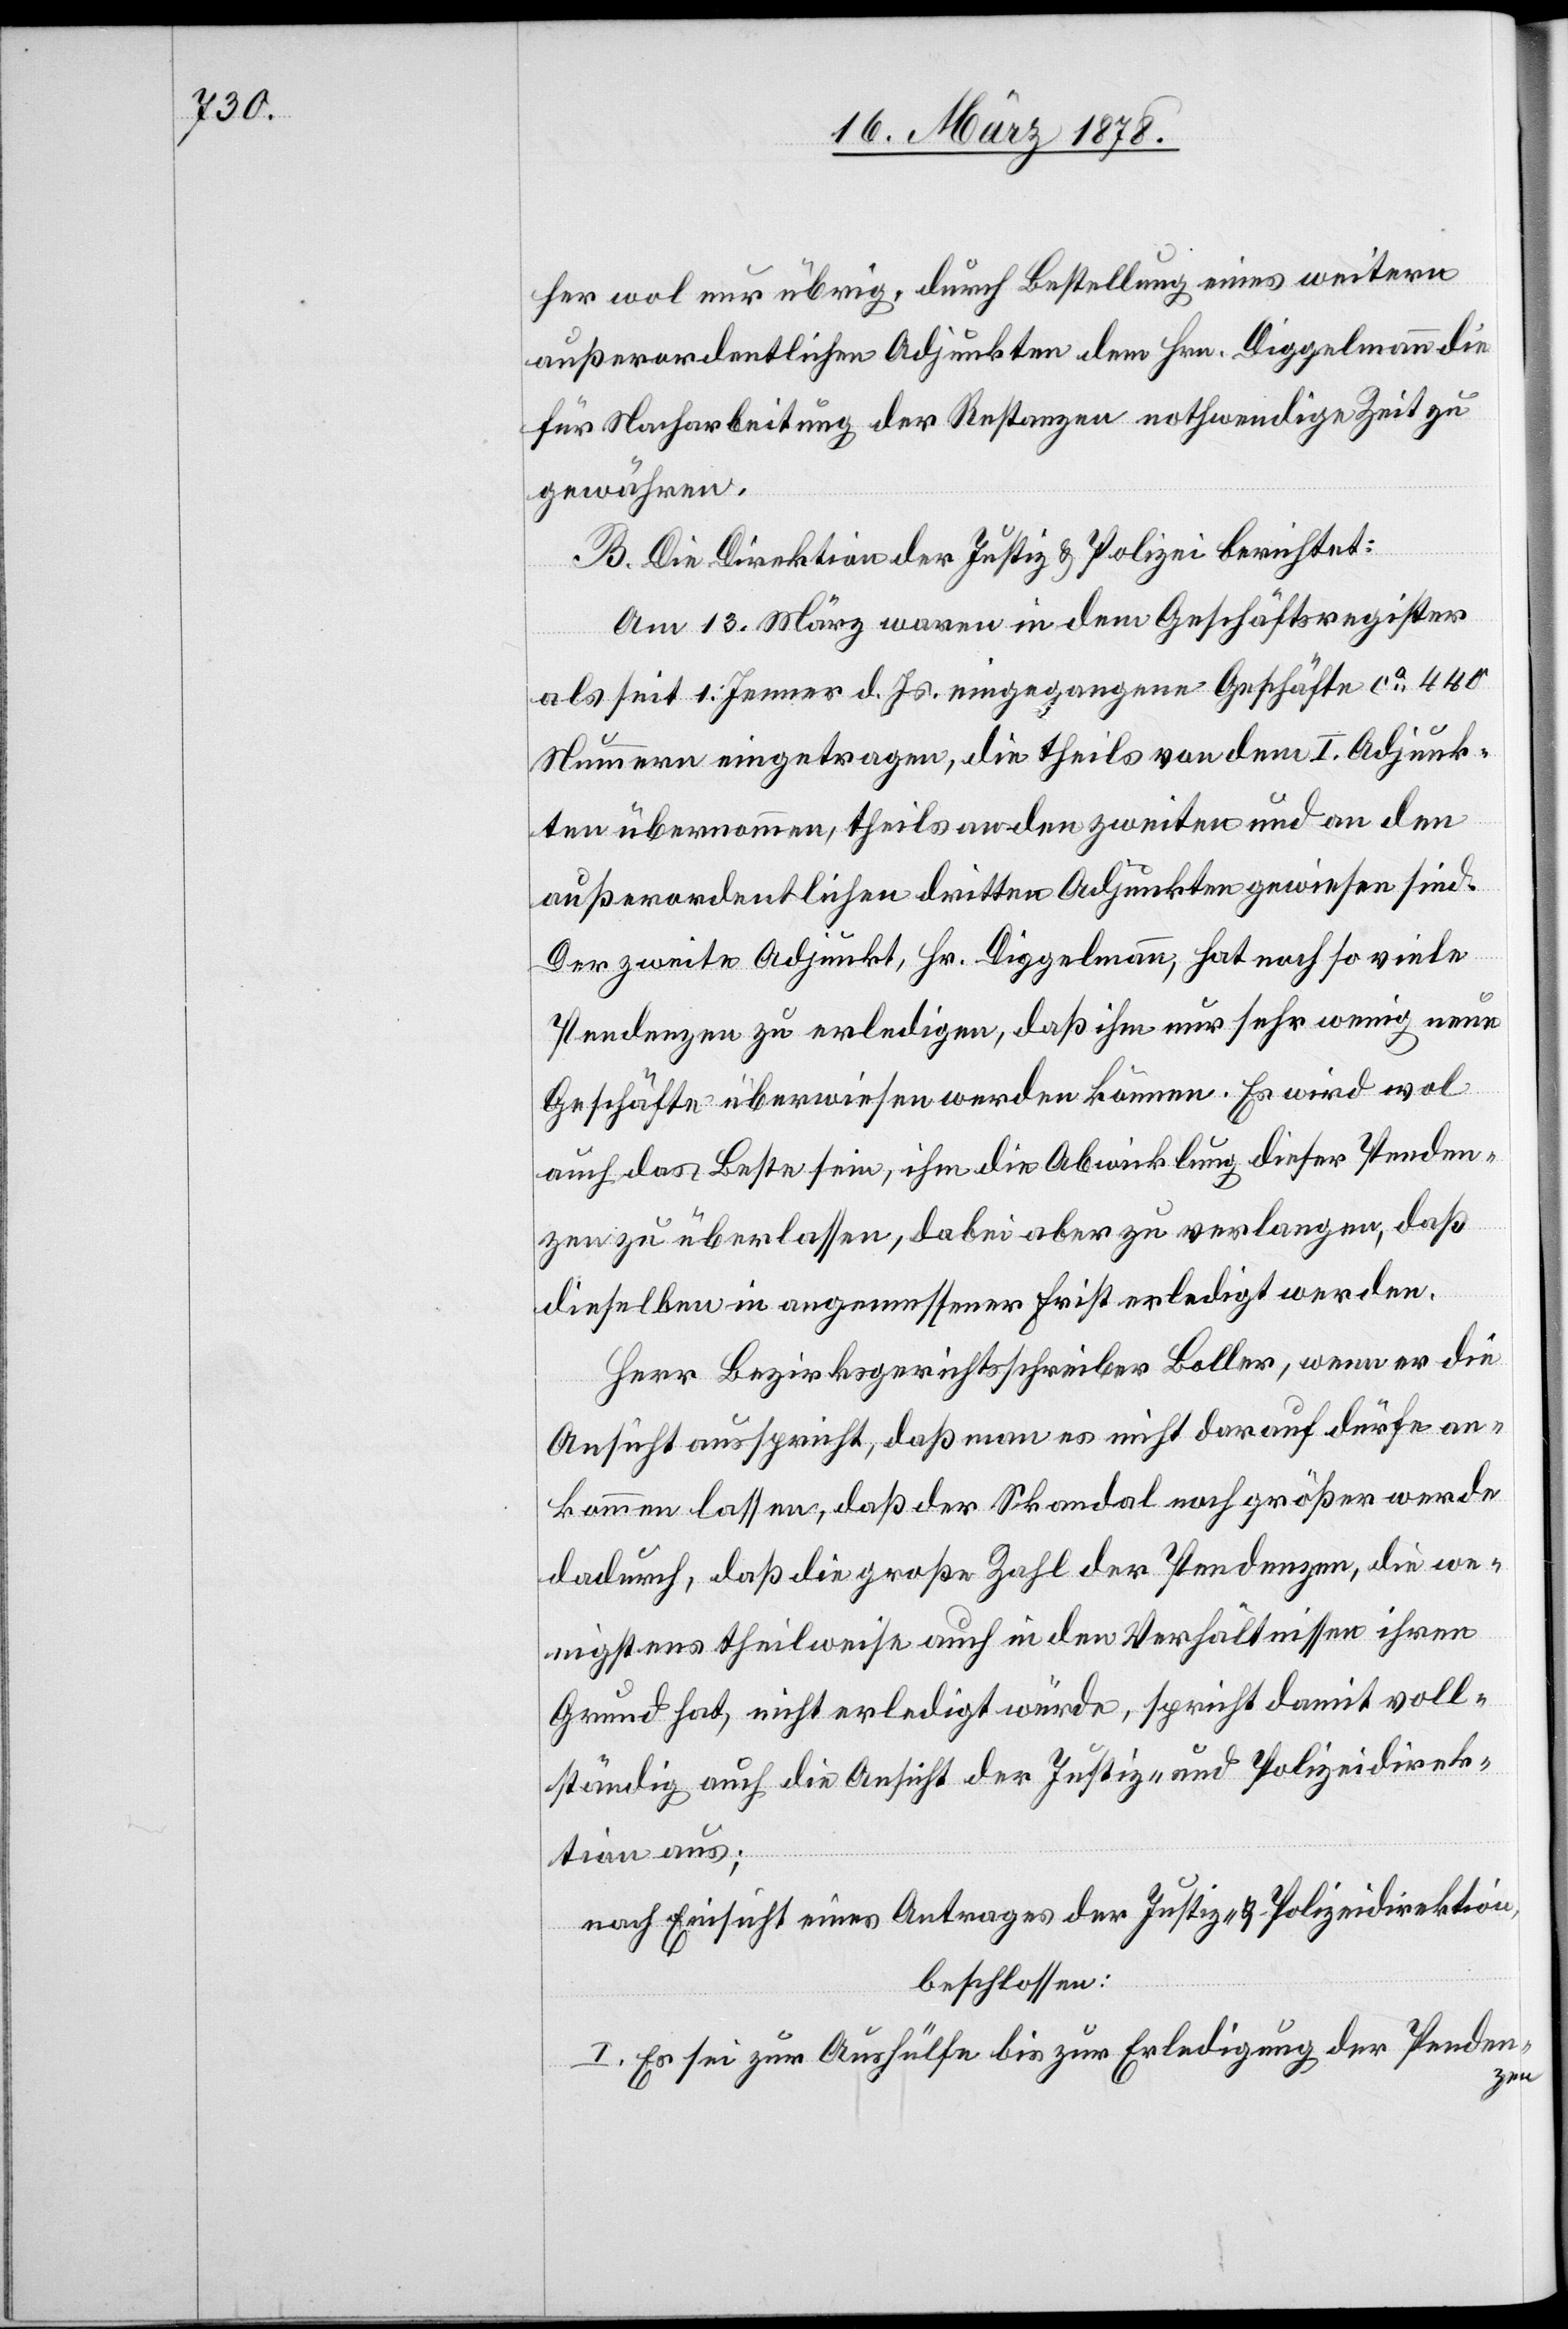
her wol nur übrig, durch Bestellung eines weitern
außerordentlichen Adjunkten dem Hrn. Diggelmann die
für Nacharbeitung der Restanzen nothwendige Zeit zu
gewähren.
B. Die Direktion der Justiz & Polizei berichtet:
Am 13. März waren in dem Geschäftsregister
als seit 1. Jenner d. Js. eingegangene Geschäfte ca 440
Nummern eingetragen, die theils von dem I. Adjunk¬
ten übernommen, theils an den zweiten und an den
außerordentlichen dritten Adjunkten gewiesen sind.
Der zweite Adjunkt, Hr. Diggelmann, hat noch so viele
Pendenzen zu erledigen, daß ihm nur sehr wenig neue
Geschäfte überwiesen werden können. Es wird wol
auch das Beste sein, ihm die Abwicklung dieser Penden¬
zen zu überlassen, dabei aber zu verlangen, daß
dieselben in angemessener Frist erledigt werden.
Herr Bezirksgerichtsschreiber Boller, wenn er die
Ansicht ausspricht, daß man es nicht darauf dürfe an¬
kommen lassen, daß der Skandal noch größer werde
dadurch, daß die große Zahl der Pendenzen, die we¬
nigstens theilweise auch in den Verhältnissen ihren
Grund hat, nicht erledigt würde, spricht damit voll¬
ständig auch die Ansicht der Justiz- und Polizeidirek¬
tion aus;
nach Einsicht eines Antrages der Justiz- & Polizeidirektion,
beschlossen:
I. Es sei zur Aushülfe bis zur Erledigung der Penden¬
zen